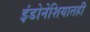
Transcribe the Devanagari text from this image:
इंडोनेशियातही